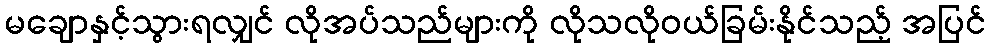
မချောနှင့်သွားရလျှင် လိုအပ်သည်များကို လိုသလိုဝယ်ခြမ်းနိုင်သည့် အပြင်